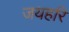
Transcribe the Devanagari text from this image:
जयहरि